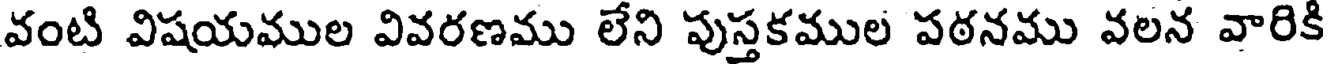
వంటి విషయముల వివరణము లేని పుస్తకముల పఠనము వలన వారికి